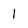
Character: l